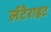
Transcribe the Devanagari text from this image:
लॅटेराइट